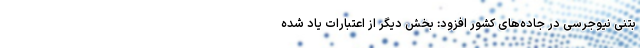
بتنی نیوجرسی در جاده‌های کشور افزود: بخش دیگر از اعتبارات یاد شده